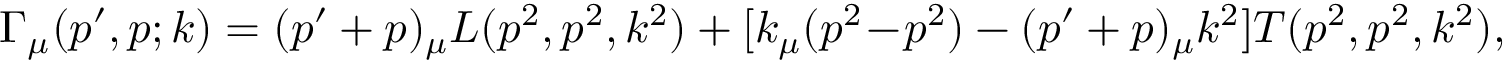
\Gamma _ { \mu } ( p ^ { \prime } , p ; k ) = ( p ^ { \prime } + p ) _ { \mu } L ( p ^ { 2 } , p ^ { 2 } , k ^ { 2 } ) + [ k _ { \mu } ( p ^ { 2 } \! - \! p ^ { 2 } ) - ( p ^ { \prime } + p ) _ { \mu } k ^ { 2 } ] T ( p ^ { 2 } , p ^ { 2 } , k ^ { 2 } ) ,